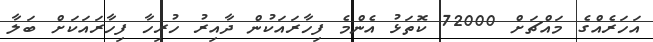
އަހަރެއްގެ މައްޗަށް 72000 ކޮތަޅު އެންމެ ފިހާރައަކުން ދާއިރު ހުރިހާ ފިހާރައަކަށް ބަލާ